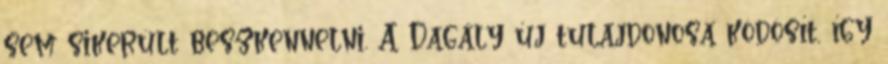
sem sikerült beszkennelni. A Dagály új tulajdonosa ködösít, így